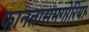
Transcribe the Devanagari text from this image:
फानतासमगोरिया